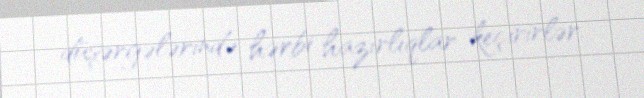
düşərgələrində hərbi hazırlıqlar keçirirlər.